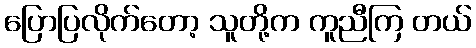
ပြောပြလိုက်တော့ သူတို့က ကူညီကြ တယ်